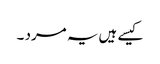
کیسے ہیں یہ مرد ۔